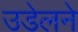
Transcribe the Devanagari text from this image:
उडेलने